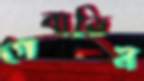
গেবাডিন